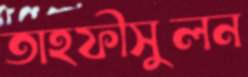
তাহফীসুলন